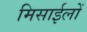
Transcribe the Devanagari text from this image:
मिसाईलों